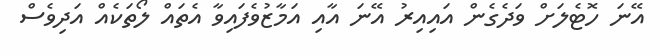
އޭނަ ހޮޓެލަށް ވަދެގެން އައިއިރު އޭނަ އާއި އަމާޒުވެފައިވާ އެތައް ލޯތަކެއް އަދިވެސް